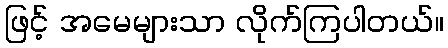
ဖြင့် အမေများသာ လိုက်ကြပါတယ်။